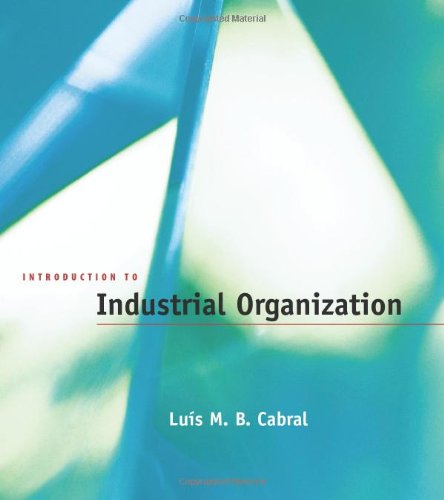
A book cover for Introduction to Industrial Organization; Luis M. B. Cabral; Business & Money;